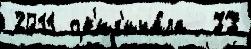
2011 ор'иг'ина́ла  77